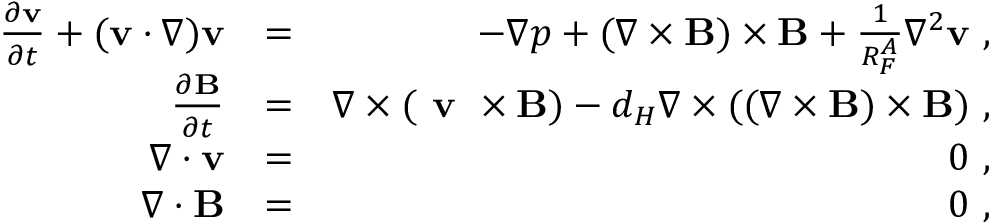
\begin{array} { r l r } { \frac { \partial { \bf v } } { \partial t } + ( { \bf v } \cdot \nabla ) { \bf v } } & { = } & { - \nabla p + ( \nabla \times { \bf B } ) \times { \bf B } + \frac { 1 } { R _ { F } ^ { A } } \nabla ^ { 2 } { \bf v } ~ , } \\ { \frac { \partial { \bf B } } { \partial t } } & { = } & { \nabla \times ( \textbf { v } \times { \bf B } ) - d _ { H } \nabla \times ( ( \nabla \times { \bf B } ) \times { \bf B } ) ~ , } \\ { \nabla \cdot { \bf v } } & { = } & { 0 ~ , } \\ { \nabla \cdot { \bf B } } & { = } & { 0 ~ , } \end{array}